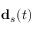
\mathbf { d } _ { s } ( t )